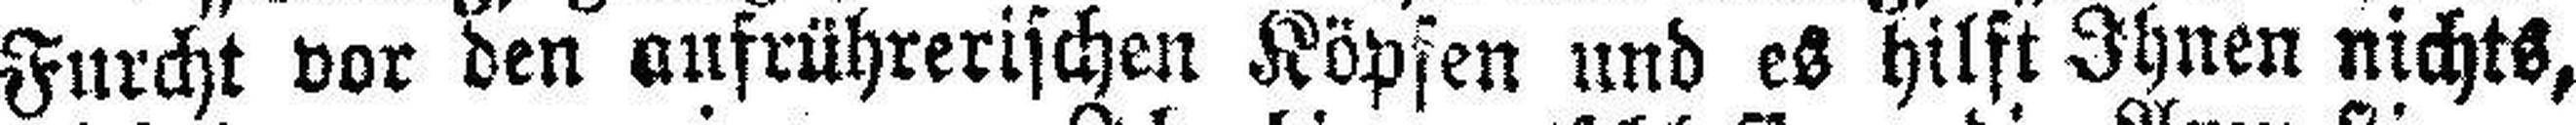
Furcht vor den aufrührerischen Köpfen und es hilft Ihnen nichts,